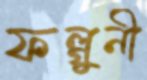
ফল্গুনী